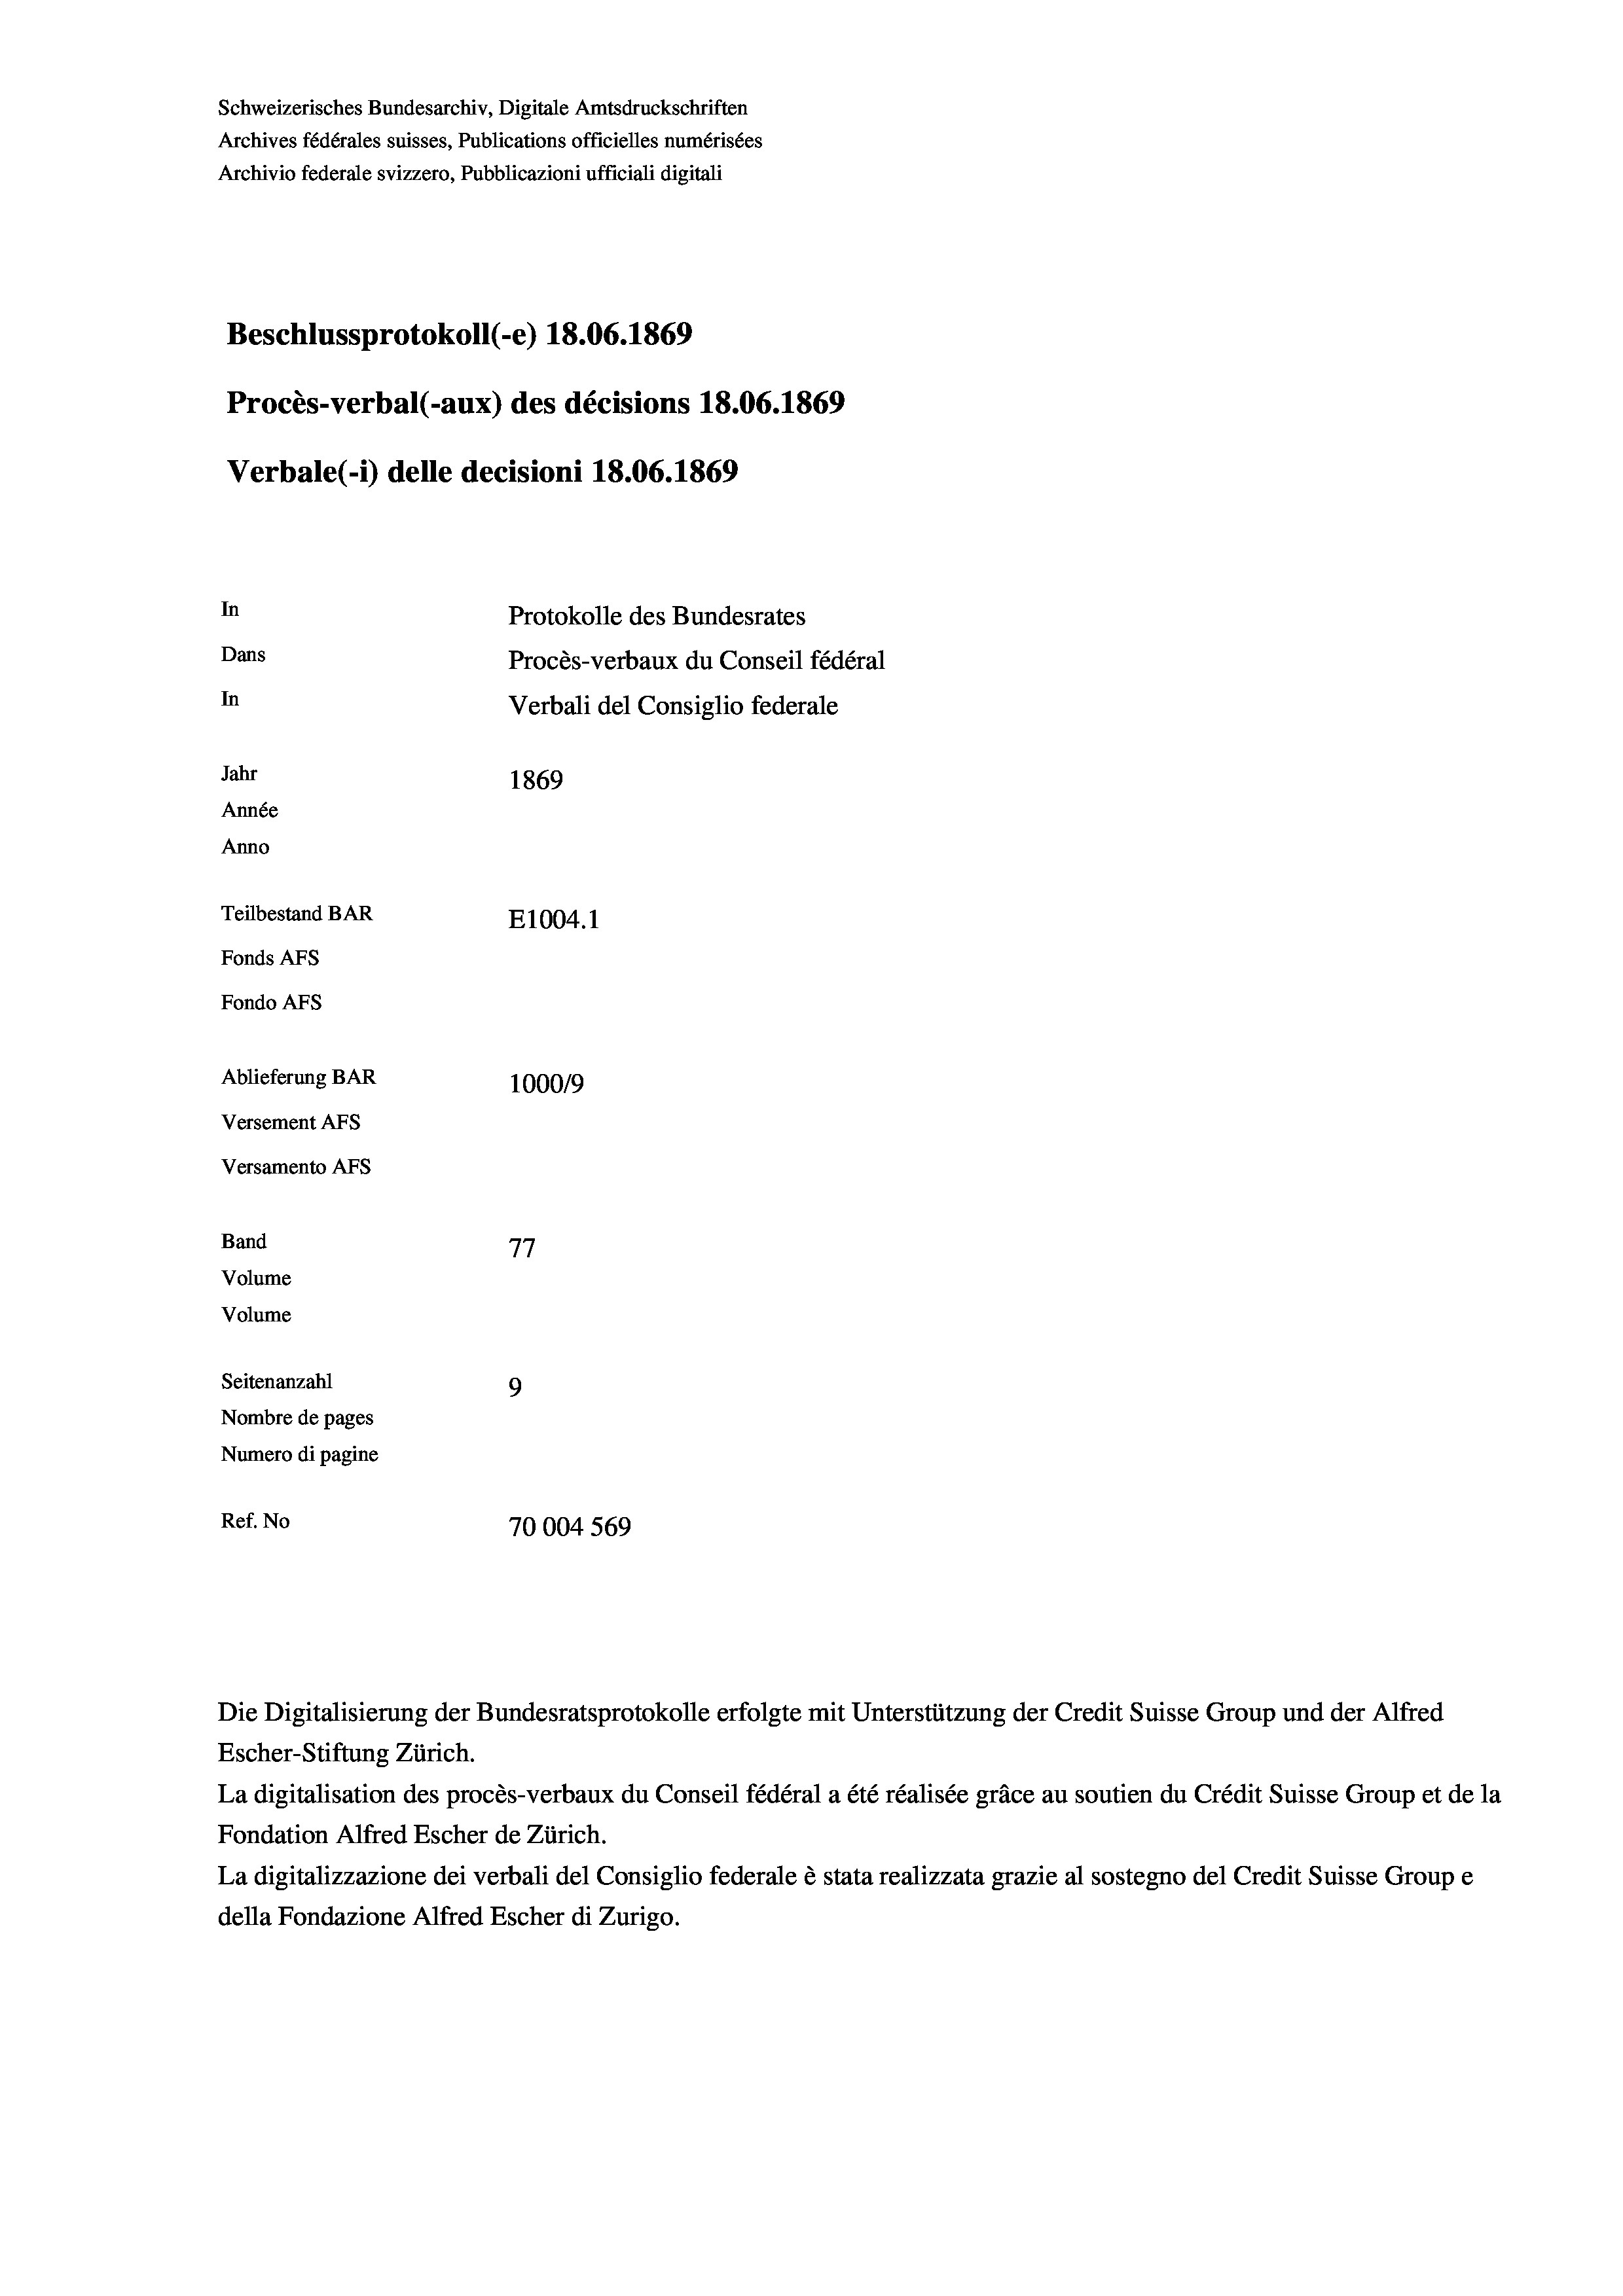
Schweizerisches Bundesarchiv, Digitale Amtsdruckschriften
Archives fédérales suisses, Publications officielles numérisées
Archivio federale svizzero, Pubblicazioni ufficiali digitali
Beschlussprotokoll (-e) 18.06. 1869
Procès-verbal (-aux) des décisions 18.06. 1869
Verbale (1) delle decisioni 18.06. 1869
In
Protokolle des Bundesrates
Dans
Procès-verbaux du Conseil fédéral
In
Verbali del Consiglio federale
Jahr
1869
Année
Anno
Teilbestand BAR
E1004. 1
Fonds AFs
Fondo AFs
Ablieferung BAR
1000/9
Versement Abs
Versamento Afs
Band
77
Volume
Volume
Seitenanzahl
9
Nombre de pages
Numero di pagine
Ref. No
70004 569

La digitalisation des procès-verbaux du Conseil fédéral a été réalisée gräce au soutien du Crédit Suisse Group et de la
Fondation Alfred Escher de Zürich.
La digitalizzazione dei verbali del Consiglio federale è stata realizzata grazie al sostegno del Credit Suisse Groupe
della Fondazione Alfred Escher di Zurigo.

Die Digitalisierung der Bundesratsprotokolle erfolgte mit Unterstützung der Credit Suisse Group und der Alfred
Escher-Stiftung Zürich.